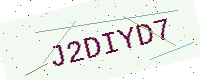
Text: J2DIYD7